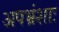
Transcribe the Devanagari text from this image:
अपभ्रंशाः